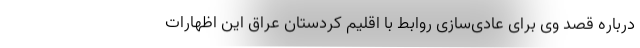
درباره قصد وی برای عادی‌سازی روابط با اقلیم کردستان عراق این اظهارات